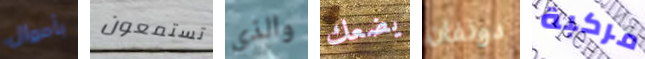
بأموال تستمعون والذي يضعك دونفان مركبة